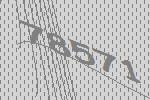
78571